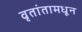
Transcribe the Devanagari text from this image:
वृतांतामधून